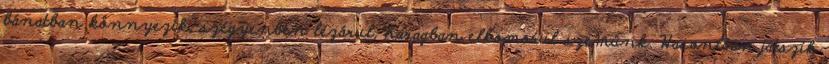
bánatban könnyezik, szégyenben lezárul, haragban elkomorul szemünk. Hasonlóan játszik